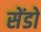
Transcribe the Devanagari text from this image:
सेंडो